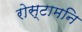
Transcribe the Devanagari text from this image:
रोस्टामनि